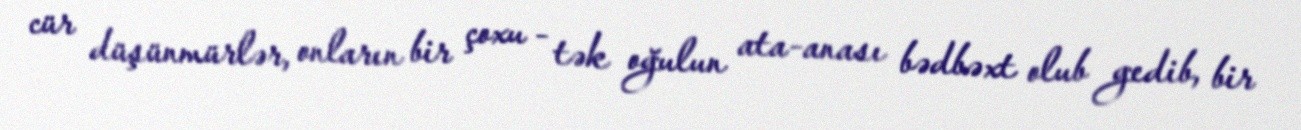
cür düşünmürlər, onların bir çoxu - tək oğulun ata-anası bədbəxt olub gedib, bir